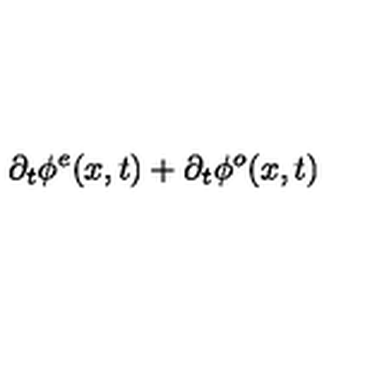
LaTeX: \partial _ { t } \phi ^ { e } ( x , t ) + \partial _ { t } \phi ^ { o } ( x , t )